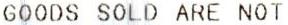
GOODS SOLD ARE NOT